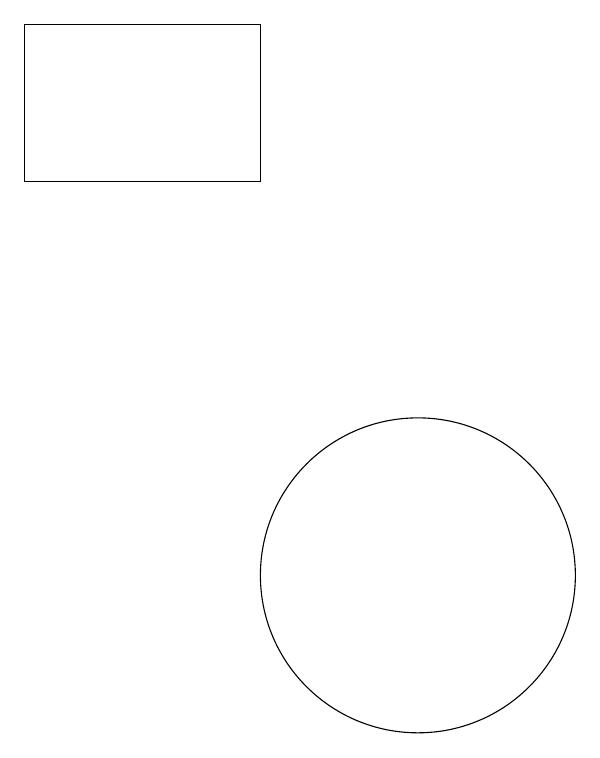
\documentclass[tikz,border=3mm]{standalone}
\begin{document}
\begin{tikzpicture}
\draw (11,11) circle (2);
\draw (10,10) circle (0);
\draw (9,16) rectangle (6,18);
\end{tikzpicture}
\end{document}